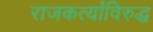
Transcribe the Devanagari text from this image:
राजकर्त्यांविरुद्ध